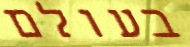
בעולם